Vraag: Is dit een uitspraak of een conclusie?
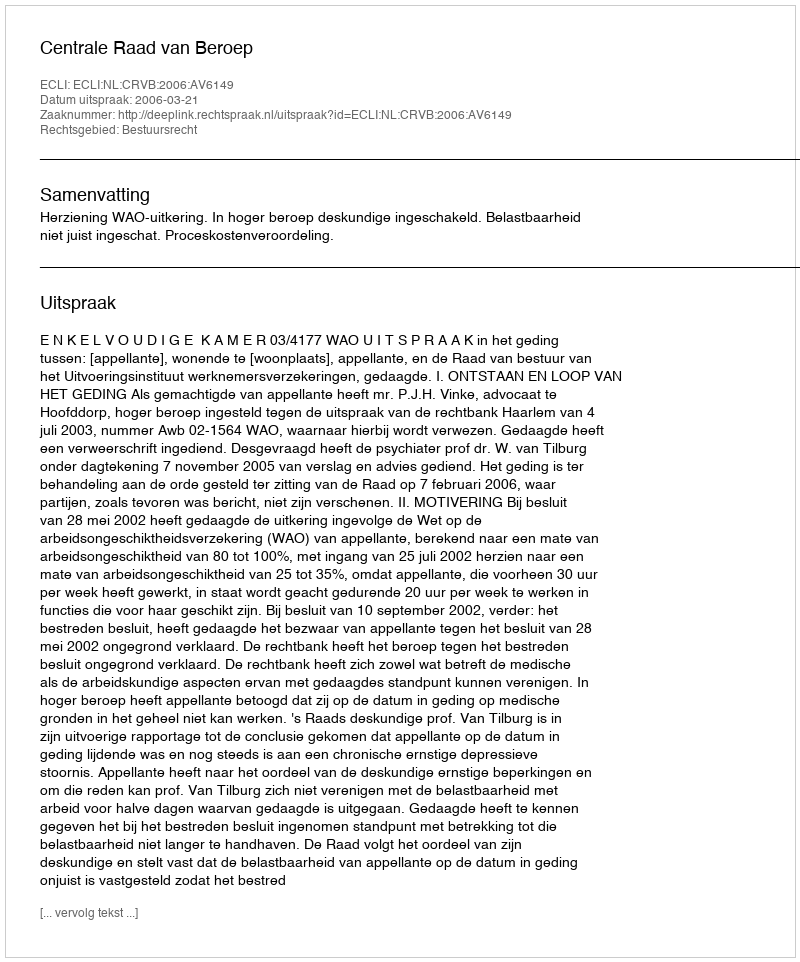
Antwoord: Uitspraak